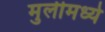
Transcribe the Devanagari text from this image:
मुलीमध्ये